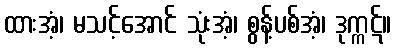
ထားအံ့၊ မသင့်အောင် သုံးအံ့၊ စွန့်ပစ်အံ့၊ ဒုက္ကဋ်။